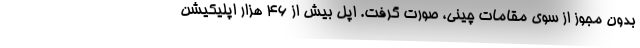
بدون مجوز از سوی مقامات چینی، صورت گرفت. اپل بیش از ۴۶ هزار اپلیکیشن